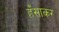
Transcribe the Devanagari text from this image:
हँसाकर